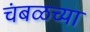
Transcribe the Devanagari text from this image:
चंबळच्या